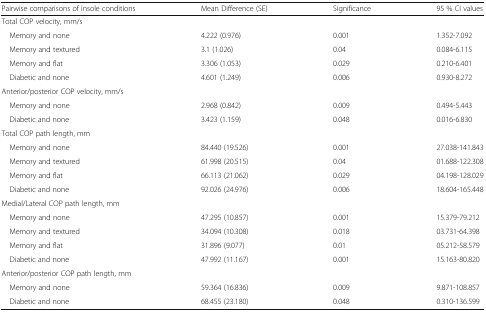
<table><thead><tr><td><b>Pairwise comparisons of insole conditions</b></td><td><b>Mean Difference (SE)</b></td><td><b>Significance</b></td><td><b>95 % CI values</b></td></tr></thead><tbody><tr><td colspan="4">Total COP velocity, mm/s</td></tr><tr><td> Memory and none</td><td>4.222 (0.976)</td><td>0.001</td><td>1.352-7.092</td></tr><tr><td> Memory and textured</td><td>3.1 (1.026)</td><td>0.04</td><td>0.084-6.115</td></tr><tr><td> Memory and flat</td><td>3.306 (1.053)</td><td>0.029</td><td>0.210-6.401</td></tr><tr><td> Diabetic and none</td><td>4.601 (1.249)</td><td>0.006</td><td>0.930-8.272</td></tr><tr><td colspan="4">Anterior/posterior COP velocity, mm/s</td></tr><tr><td> Memory and none</td><td>2.968 (0.842)</td><td>0.009</td><td>0.494-5.443</td></tr><tr><td> Diabetic and none</td><td>3.423 (1.159)</td><td>0.048</td><td>0.016-6.830</td></tr><tr><td colspan="4">Total COP path length, mm</td></tr><tr><td> Memory and none</td><td>84.440 (19.526)</td><td>0.001</td><td>27.038-141.843</td></tr><tr><td> Memory and textured</td><td>61.998 (20.515)</td><td>0.04</td><td>01.688-122.308</td></tr><tr><td> Memory and flat</td><td>66.113 (21.062)</td><td>0.029</td><td>04.198-128.029</td></tr><tr><td> Diabetic and none</td><td>92.026 (24.976)</td><td>0.006</td><td>18.604-165.448</td></tr><tr><td colspan="4">Medial/Lateral COP path length, mm</td></tr><tr><td> Memory and none</td><td>47.295 (10.857)</td><td>0.001</td><td>15.379-79.212</td></tr><tr><td> Memory and textured</td><td>34.094 (10.308)</td><td>0.018</td><td>03.731-64.398</td></tr><tr><td> Memory and flat</td><td>31.896 (9.077)</td><td>0.01</td><td>05.212-58.579</td></tr><tr><td> Diabetic and none</td><td>47.992 (11.167)</td><td>0.001</td><td>15.163-80.820</td></tr><tr><td colspan="4">Anterior/posterior COP path length, mm</td></tr><tr><td> Memory and none</td><td>59.364 (16.836)</td><td>0.009</td><td>9.871-108.857</td></tr><tr><td> Diabetic and none</td><td>68.455 (23.180)</td><td>0.048</td><td>0.310-136.599</td></tr></tbody></table>